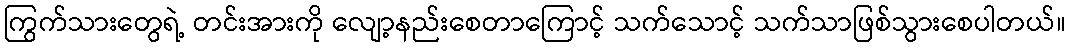
ကြွက်သားတွေရဲ့ တင်းအားကို လျော့နည်းစေတာကြောင့် သက်သောင့် သက်သာဖြစ်သွားစေပါတယ်။